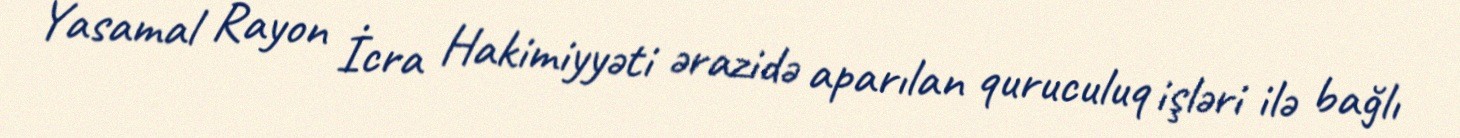
Yasamal Rayon İcra Hakimiyyəti ərazidə aparılan quruculuq işləri ilə bağlı